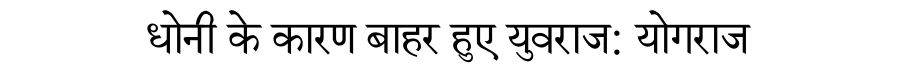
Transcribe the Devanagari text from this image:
धोनी के कारण बाहर हुए युवराज: योगराज